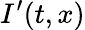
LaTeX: I^{\prime}(t,x)